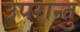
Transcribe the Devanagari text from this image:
उपरान्तु